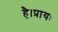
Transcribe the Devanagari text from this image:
है।प्रायः